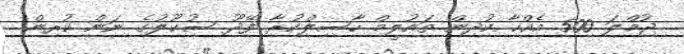
ޖުމްލަ 500 އެއްހާ ކުދިން ތައުލީމް ހާސިލްކުރާ ފޭދޫ ސުކޫލުގެ ނަން ކުރިން